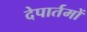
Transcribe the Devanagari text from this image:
देपार्तमों